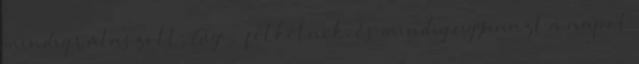
mindig válaszolt: Gigi: “felkelnek, és mindig ugyanazt a napot